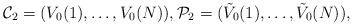
LaTeX: \begin{align*}\mathcal C_2=(V_0(1),\dots , V_0(N)) ,\mathcal P_2= (\tilde V_0(1),\dots ,\tilde V_0(N)),\end{align*}